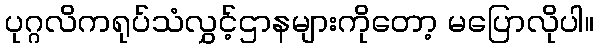
ပုဂ္ဂလိကရုပ်သံလွှင့်ဌာနများကိုတော့ မပြောလိုပါ။